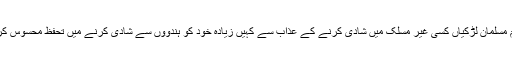
کم از کم مسلمان لڑکیاں کسی غیر مسلک میں شادی کرنے کے عذاب سے کہیں زیادہ خود کو ہندووں سے شادی کرنے میں تحفظ محسوس کریں گی۔